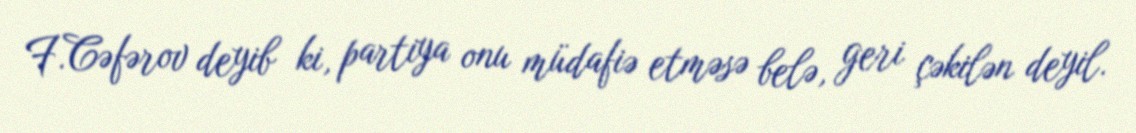
F.Cəfərov deyib ki, partiya onu müdafiə etməsə belə, geri çəkilən deyil.